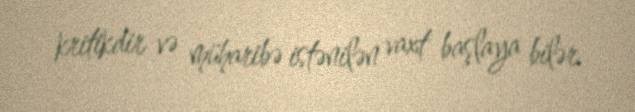
kritikdir və müharibə istənilən vaxt başlaya bilər.